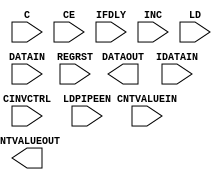
// This program was cloned from: https://github.com/aolofsson/oh
// License: MIT License

module IDELAYE2_FINEDELAY (
  CNTVALUEOUT,
  DATAOUT,

  C,
  CE,
  CINVCTRL,
  CNTVALUEIN,
  DATAIN,
  IDATAIN,
  IFDLY,
  INC,
  LD,
  LDPIPEEN,
  REGRST
);

    parameter CINVCTRL_SEL = "FALSE";
    parameter DELAY_SRC = "IDATAIN";
    parameter FINEDELAY = "BYPASS";
    parameter HIGH_PERFORMANCE_MODE    = "FALSE";
    parameter IDELAY_TYPE  = "FIXED";
    parameter integer IDELAY_VALUE = 0;
    parameter [0:0] IS_C_INVERTED = 1'b0;
    parameter [0:0] IS_DATAIN_INVERTED = 1'b0;
    parameter [0:0] IS_IDATAIN_INVERTED = 1'b0;
    parameter PIPE_SEL = "FALSE";
    parameter real REFCLK_FREQUENCY = 200.0;
    parameter SIGNAL_PATTERN    = "DATA";


`ifdef XIL_TIMING
    parameter LOC = "UNPLACED";
    parameter integer SIM_DELAY_D = 0;
    localparam DELAY_D = (IDELAY_TYPE == "VARIABLE") ? SIM_DELAY_D : 0;
`endif // ifdef XIL_TIMING

`ifndef XIL_TIMING
    integer DELAY_D=0;
`endif // ifndef XIL_TIMING

    output [4:0] CNTVALUEOUT;
    output DATAOUT;

    input C;
    input CE;
    input CINVCTRL;
    input [4:0] CNTVALUEIN;
    input DATAIN;
    input IDATAIN;
    input [2:0] IFDLY;
    input INC;
    input LD;
    input LDPIPEEN;
    input REGRST;


endmodule // IDELAYE2_FINEDELAY